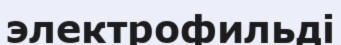
электрофильді